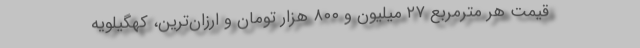
قیمت هر مترمربع ۲۷ میلیون و ۸۰۰ هزار تومان و ارزان‌ترین، کهگیلویه